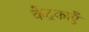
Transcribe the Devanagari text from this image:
केंद्रकाएँ